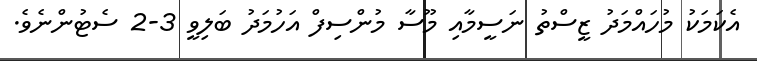
އެކަމަކު މުހައްމަދު ޒީސްތު ނަސީމާއި މޫސާ މުންސިފް އަހުމަދު ބަލިވީ 3-2 ސެޓުންނެވެ.